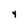
Character: 4